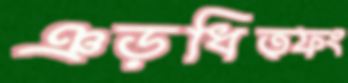
ঞড়ধিত্ফং